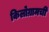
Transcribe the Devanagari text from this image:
किलोग्रामची